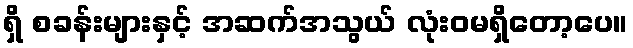
ရှိ စခန်းများနှင့် အဆက်အသွယ် လုံးဝမရှိတော့ပေ။